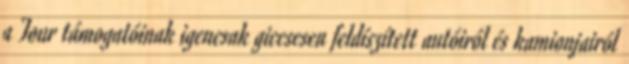
a Tour támogatóinak igencsak giccsesen feldíszített autóiról és kamionjairól